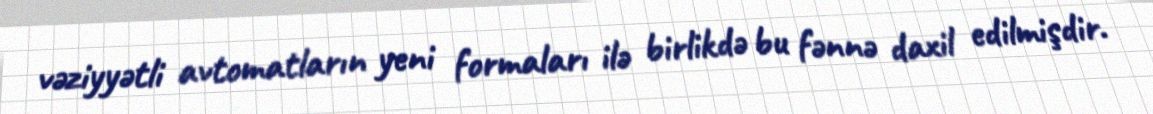
vəziyyətli avtomatların yeni formaları ilə birlikdə bu fənnə daxil edilmişdir.